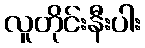
လူတိုင်းနီးပါး